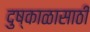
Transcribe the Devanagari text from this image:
दुष्काळासाठी